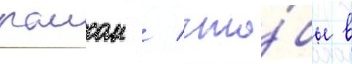
раисом / что́бы в